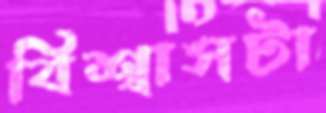
বিশ্বাসটা